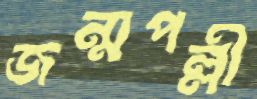
জন্মপল্লী